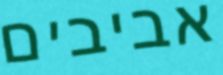
אביבים